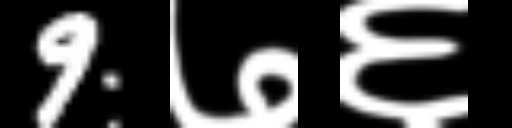
Text: 9७६